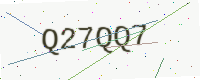
Text: Q27QQ7